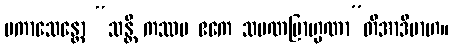
ပကာသေန္တော “သန္တိ ကဿပ ဧကေ သမဏဗြာဟ္မဏာ”တိအာဒိမာဟ။